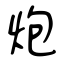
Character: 炮